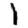
Digit: 1